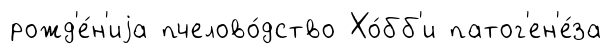
рожд'е́н'иjа пчелово́дство Хо́бб'и патог'ен'е́за